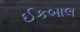
ઈકબાલ